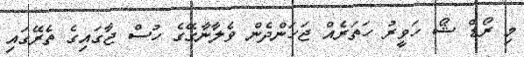
މި ރޯޑް ޝޯ ހަވީރު ހަތަރެއް ޖަހަންދެން ވެލާނާގޭގެ ހުސް ޖާގައިގެ ތެރޭގައި